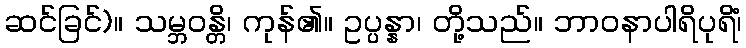
ဆင်ခြင်)။ သမ္ဘဝန္တိ၊ ကုန်၏။ ဥပ္ပန္နာ၊ တို့သည်။ ဘာဝနာပါရိပုရိံ၊